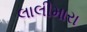
લાલીમારા